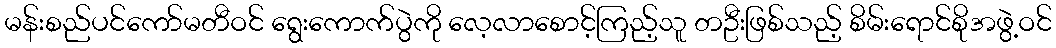
မန်းစည်ပင်ကော်မတီဝင် ရွေးကောက်ပွဲကို လေ့လာစောင့်ကြည့်သူ တဦးဖြစ်သည့် စိမ်းရောင်စိုအဖွဲ့ဝင်